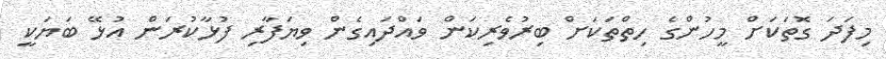
މިފަދަ ގޮތަކަށް މީހުންގެ ހިތްތަކަށް ބިރުވެރިކަން ވައްދައިގެން ވިޔަފާރި ފުޅާކުރަން އުޅޭ ބަޔަކީ